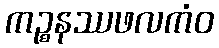
ကဉ္စနဿဖလကံဝ